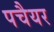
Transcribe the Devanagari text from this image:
पचैयर